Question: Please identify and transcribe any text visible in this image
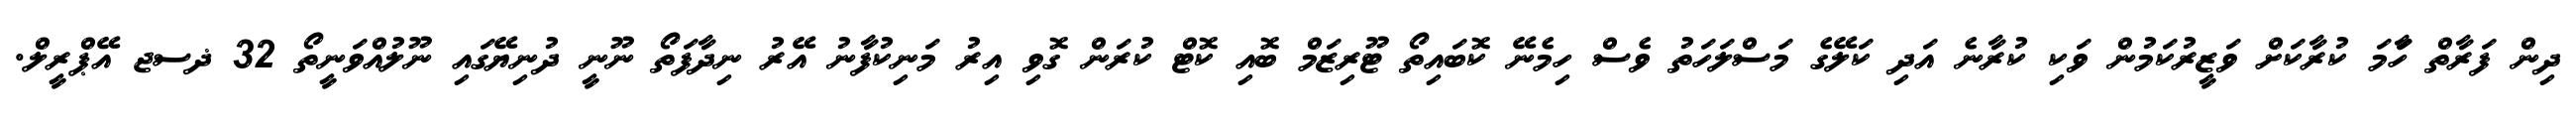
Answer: ދިން ފަރާތް ހަާމަ ކުރާކަށް ވަޒީރުކަމުން ވަކި ކުރާނެ އަދި ކަލޭގެ މަސްލަހަތު ވެސް ހިމެނޭ ކޮބައިތޯ ޓޫރިޒަމް ބޮއި ކޮޓް ކުރަން ގޮވި އިރު މަނިކުފާނު އޭރު ނިދާފަތޯ ނޫނީ ދުނިޔޭގައި ނޫލުއްވަނީތޯ 32 ޛސޖ އޭޕްރީލް.